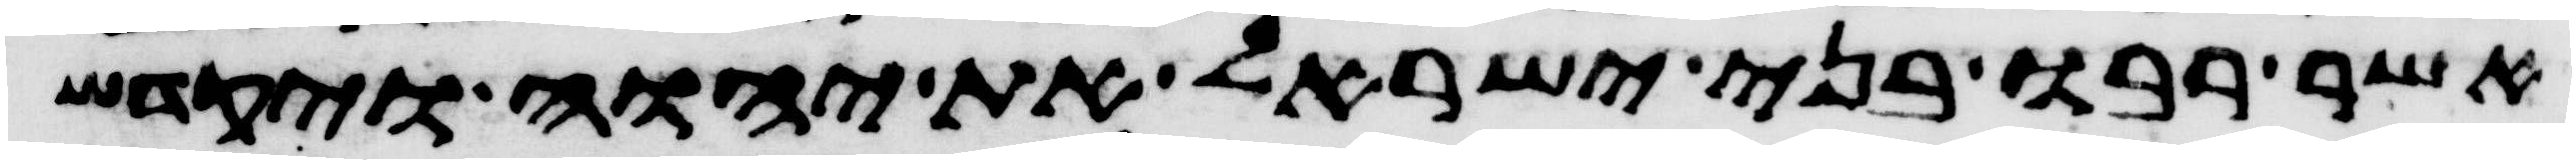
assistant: אשר רבו בני ישראל את יהוה ויקדש